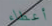
أعطاء